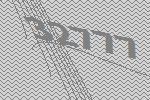
32777